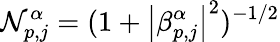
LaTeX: \mathcal{N}_{p,j}^{\alpha}=(1+\left|\beta_{p,j}^{\alpha}\right|^{2})^{-1/2}